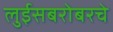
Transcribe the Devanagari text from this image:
लुईसबरोबरचे